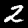
Label: 2